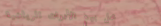
محل بيع الأدوات الرياضية